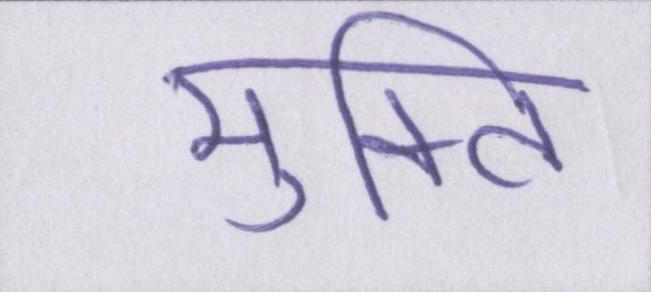
मुक्ति